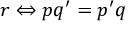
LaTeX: r \Leftrightarrow p q ^ { \prime } = p ^ { \prime } q